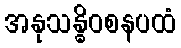
အနုသန္ဓိဝစနပထံ